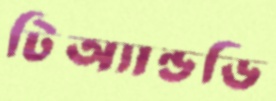
টিঅ্যান্ডডি